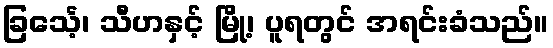
ခြင်္သေ့၊ သီဟနှင့် မြို့၊ ပူရတွင် အရင်းခံသည်။